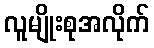
လူမျိုးစုအလိုက်